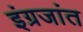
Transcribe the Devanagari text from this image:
इंग्रजांत